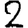
Digit: 2